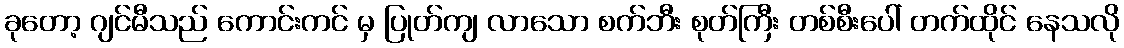
ခုတော့ ဂျင်မီသည် ကောင်းကင် မှ ပြုတ်ကျ လာသော စက်ဘီး စုတ်ကြီး တစ်စီးပေါ် တက်ထိုင် နေသလို